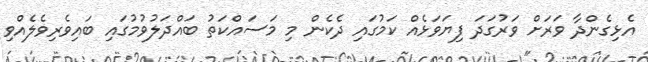
އެޅިގެންދާ ވަރަށް ވަރުގަދަ ފިޔަވަޅެއް ކަމުގައި ދެކެން މި މަސައްކަތު ބައްދަލުވުމުގައި ބައިވެރިވެލެއްވި